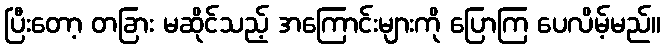
ပြီးတော့ တခြား မဆိုင်သည့် အကြောင်းများကို ပြောကြ ပေလိမ့်မည်။